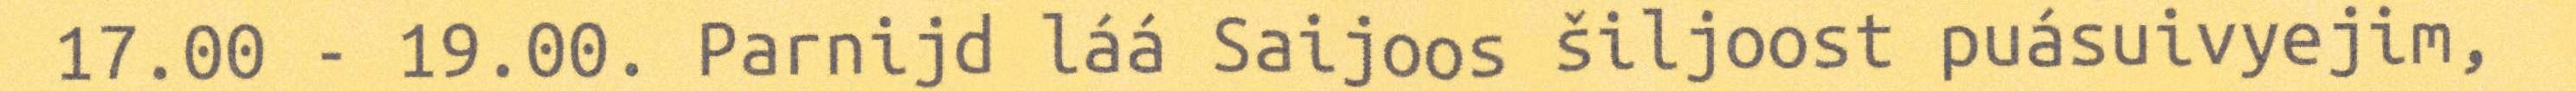
17.00 - 19.00. Parnijd láá Saijoos šiljoost puásuivyejim,